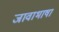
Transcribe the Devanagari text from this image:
जावाभाषा